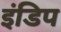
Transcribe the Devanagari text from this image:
इंडिप